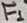
Text: F1